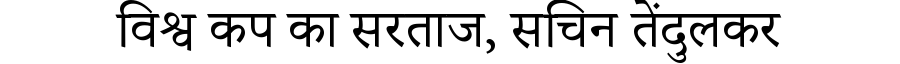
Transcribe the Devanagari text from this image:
विश्व कप का सरताज, सचिन तेंदुलकर